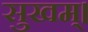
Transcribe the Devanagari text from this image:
सुखम्।